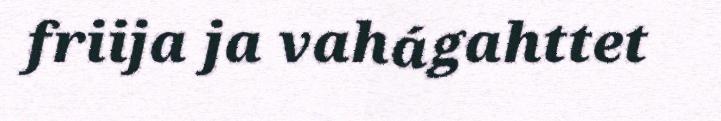
friija ja vahágahttet